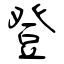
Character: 登